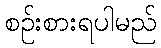
စဉ်းစားရပါမည်